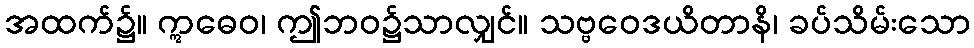
အထက်၌။ ဣဓေဝ၊ ဤဘဝ၌သာလျှင်။ သဗ္ဗဝေဒယိတာနိ၊ ခပ်သိမ်းသော